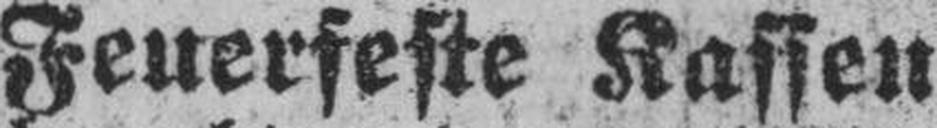
Feuerfeste Kassen